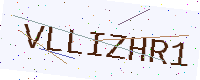
Text: VLLIZHR1